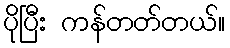
ပိုပြီး ကန်တတ်တယ်။